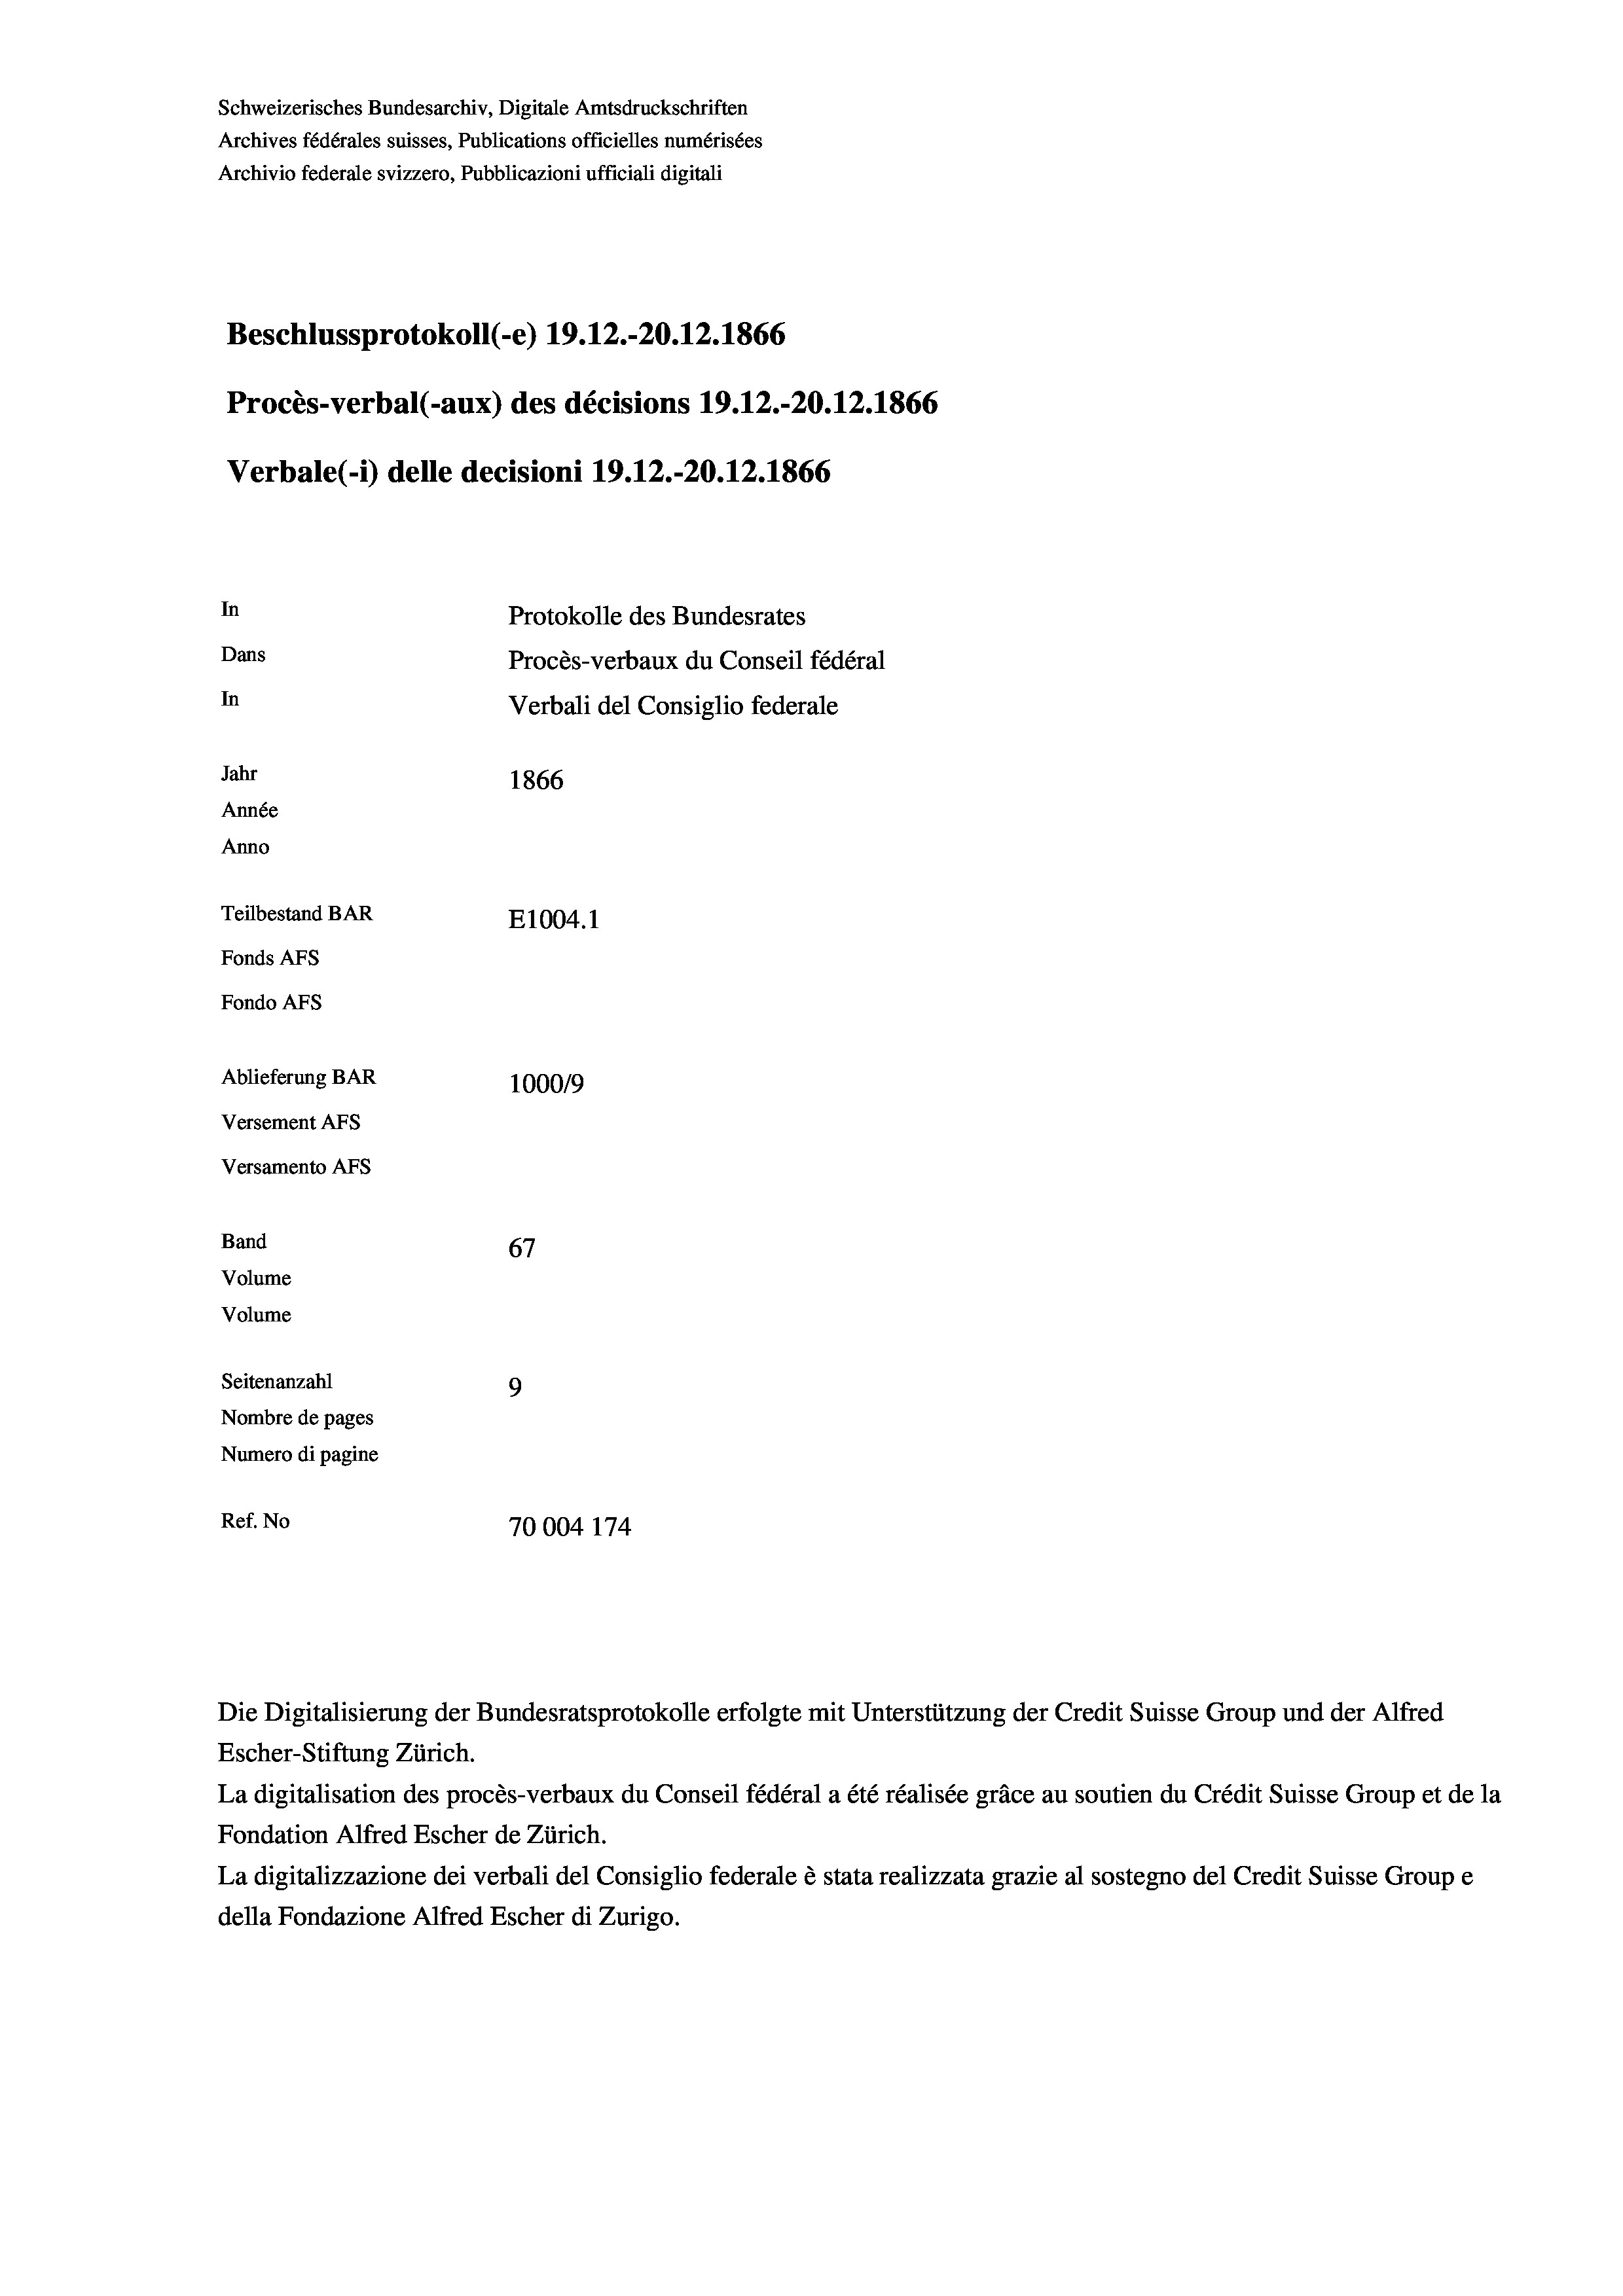
Schweizerisches Bundesarchiv, Digitale Amtsdruckschriften
Archives fédérales suisses, Publications officielles numérisées
Archivio federale svizzero, Pubblicazioni ufficiali digitali
Beschlussprotokoll (e) 19. 12.-20.12.1866
Procès-verbal (-aux) des décisions 19.12.-20.12.1866
Verbale(-*) delle decisioni 19.12.-20.12.1866
In
Protokolle des Bundesrates
Dans
Procès-verbaux du Conseil fédéral
In
Verbali del Consiglio federale
Jahr
1866
Année
Anno
Teilbestand BAR
E1004. 1
Fonds AFs
Fondo Afs
Ablieferung BAR
100019
Versement As
Versamento AFs

67
Seitenanzahl
9
Nombre de pages
Numero di pagine
Ref. No
70004 174

Band
Volume
Volume

La digitalisation des procès-verbaux du Conseil fédéral a été réalisée gräce au soutien du Crédit Suisse Group et de la
Fondation Alfred Escher de Zürich.
La digitalizzazione dei verbali del Consiglio federale è stata realizzata grazie al sostegno del Credit Suisse Groupe
della Fondazione Alfred Escher di Zurigo.

Escher-Stiftung Zürich.

Die Digitalisierung der Bundesratsprotokolle erfolgte mit Unterstützung der Credit Suisse Group und der Alfred